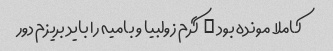
کاملا مونده بود …  گرم زولبیا و بامیه را باید بریزم دور